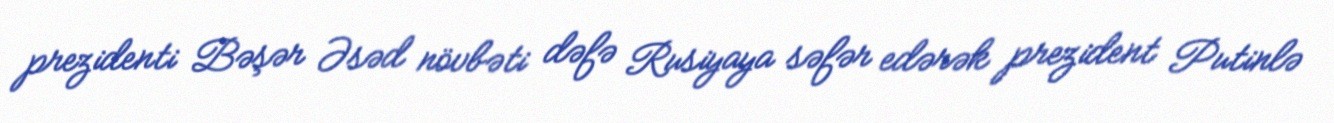
prezidenti Bəşər Əsəd növbəti dəfə Rusiyaya səfər edərək prezident Putinlə